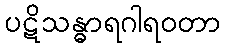
ပဋိသန္ဓာရဂါရဝတာ